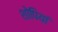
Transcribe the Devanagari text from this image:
शोपियां